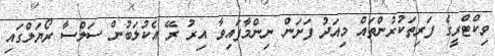
ވިކްޓްރީގެ ފަރިތަކުރުންތައް މިއަދު ފަށަން ނިންމާފައިވާ އިރު ރޭ އެކުލަބުން ސަލްސާ ރޯޔަލްގައި